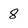
Character: 8